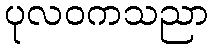
ပုလဝကသညာ